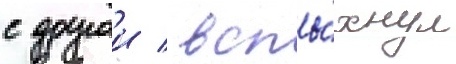
с другои / вспы́хнул